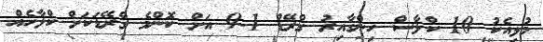
މުޅިއެކު 10 ކްލާސް ހިންގާއިރު ގްރޭޑް 1-9 އަށް ކޮންމެ ގްރޭޑަކަށް ކްލާހެއް